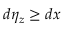
d \eta _ { z } \ge { d x }